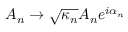
A _ { n } \to \sqrt { \kappa _ { n } } A _ { n } e ^ { i \alpha _ { n } }